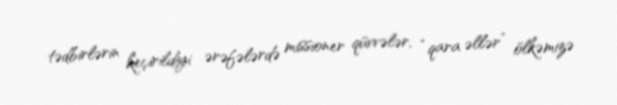
tədbirlərin keçirildiyi ərəfələrdə missioner qüvvələr, “qara əllər” ölkəmizə